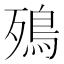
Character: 殦